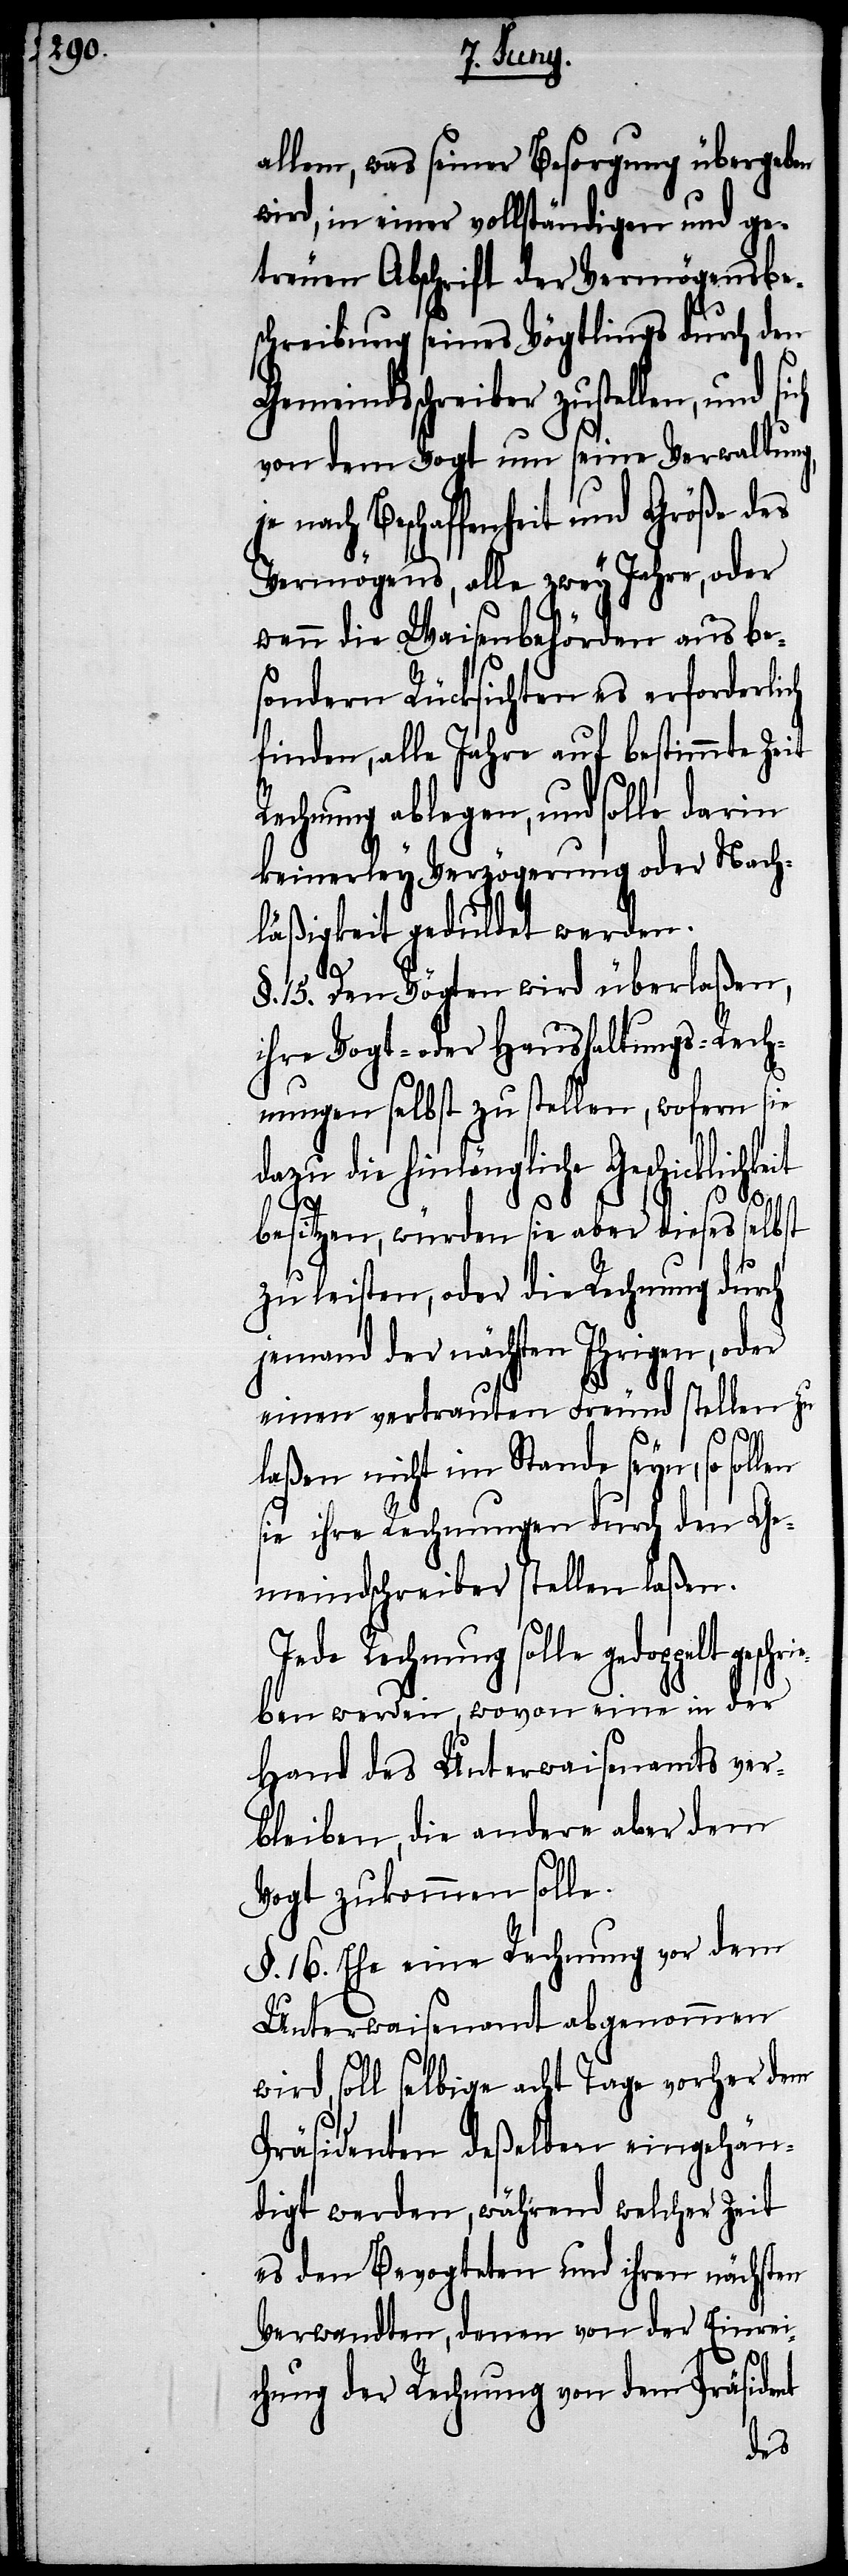
allem, was seiner Besorgung übergeben
wird, in einer vollständigen und ge¬
treuen Abschrift der Vermögensbe¬
schreibung seines Vögtlings durch den
Gemeindsschreiber zustellen, und
von dem Vogt um seine Verwaltung,
nach Beschaffenheit und Größe des
Vermögens, alle zwey Jahre, oder
wenn die Waisenbehörden aus be¬
sondern Rücksichten es erforderlich
finden, alle Jahre auf bestimmte Zeit
Rechnung ablegen, und solle darin
keinerley Verzögerung oder Nach¬
läßigkeit geduldet werden.
§. 15. Den Vögten wird überlaßen,
ihre Vogt- oder Haushaltungs-Rech¬
nungen selbst zu stellen, wofern sie
dazu die hinlängliche Geschicklichkeit
besitzen, würden sie aber dieses selbst
zu leisten, oder die Rechnung durch
jemand der nächsten Ihrigen, oder
einen vertrauten Freund stellen zu
laßen nicht im Stande seyn, so sollen
sie ihre Rechnungen durch den Ge¬
meindschreiber stellen laßen.
gedoppelt geschriebe¬
n werden, wovon eine in der
Hand des Unterwaisenamts ver¬
bleiben, die andere aber dem
Vogt zukommen solle.
§. 16. Ehe eine Rechnung vor dem
Unterwaisenamt abgenommen
wird, soll selbige acht Tage vorher dem
Präsidenten deßelben eingehän¬
digt werden, während welcher Zeit
es den Bevogteten und ihren nächsten
Verwandten, denen von der Einrei¬
chung der Rechnung vor dem Präsident